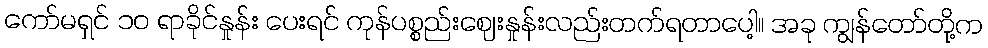
ကော်မရှင် ၁၀ ရာခိုင်နှုန်း ပေးရင် ကုန်ပစ္စည်းဈေးနှုန်းလည်းတက်ရတာပေါ့။ အခု ကျွန်တော်တို့က